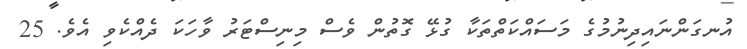
އުނގަންނައިދިނުމުގެ މަސައްކަތްތަކާ ގުޅޭ ގޮތުން ވެސް މިނިސްޓަރު ވާހަކަ ދެއްކެވި އެވެ. 25